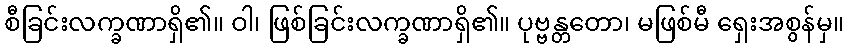
စီခြင်းလက္ခဏာရှိ၏။ ဝါ၊ ဖြစ်ခြင်းလက္ခဏာရှိ၏။ ပုဗ္ဗန္တတော၊ မဖြစ်မီ ရှေးအစွန်မှ။